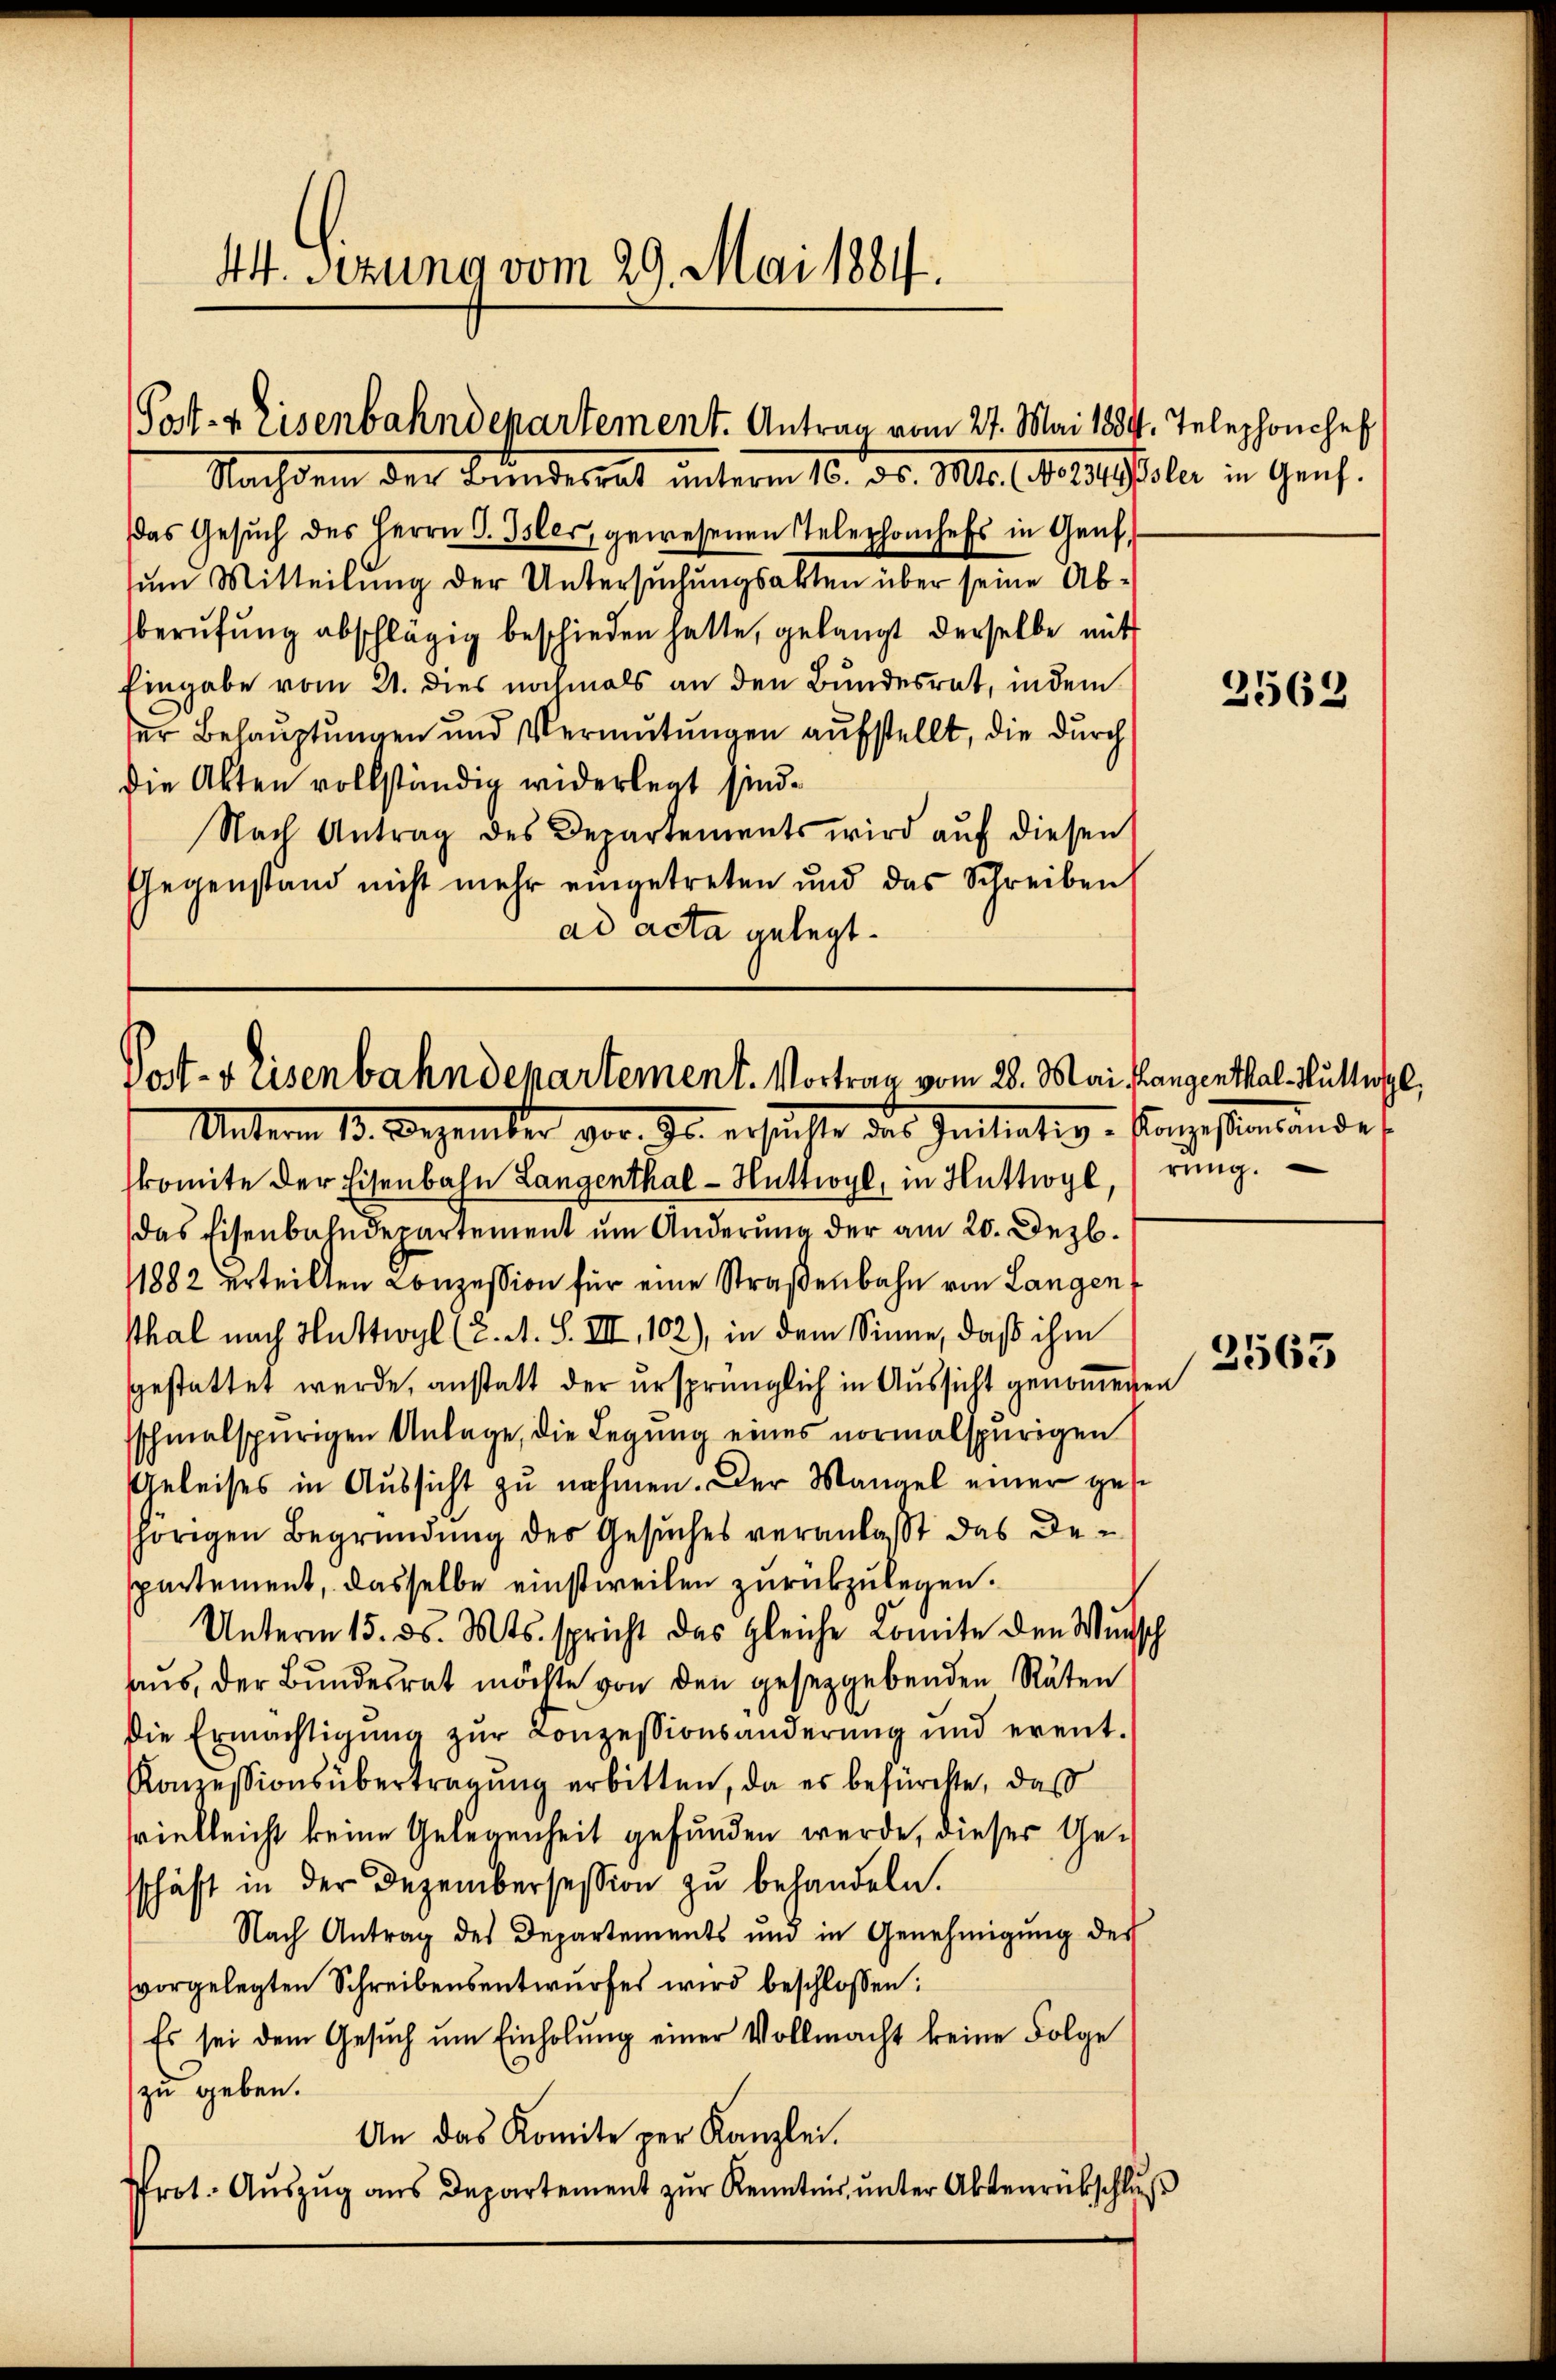
44. Sezung vom 29. Mai 1884.

Post- & Eisenbahndepartement. Antrag vom 27. Mai 1834. Telephonchef
Nachdem der Bundesrat unterm 10. Dr. Mts. stetstole in Genf.

das Gesŭch des Herrn G. Isler, gewesenen Telephonchefs in Genf,
sum Mitteilung der Untersuchungsakten über seine Abberufung abschlägig beschieden hatte, gelangt derselbe mit
Eingabe vom 21. dies nochmals an den Bundesrat, indem
er Behauptungen und Vermutungen aufstellt, die durch
die Akten vollständig widerlegt sind.
Nach Antrag des Departements wird aŭf diesen
Gegenstand nicht mehr eingetreten und das Schreiben
ad acta gelegt.

Post- & Eisenbahndepartement. Vortrag vom 28. Mai Mangenthal Mutterl
Unterm 13. Dezember s. ersuchte des Initiativ- Konzessamandes

komite der Eisenbahn Langenthal - Huttwyl, in Huthy, rŭng.
das Eisenbahndepartement um Anderŭng der am 20. Dezb.
1882 erteilten Conzession für eine Straßenbahn von Langen
tthal nach Huttwyl (2. A. S. VII, 102), in dem Sinne, daß ihm
gestattet werde, anstatt der ursprünglich in Aussicht genommenen
sschmalspurigen Anlage, die Legung eines normalspurigen
Geleises in Aussicht zu nehmen. Der Mangel einer gesshörigen Begründung der Gesuches veranlaßt das Departement, dasselbe einstweilen zurückzulegen.
Unterm 15. ds. Mts. spricht das gleiche Komite den Wunsch
aus, der Bundesrat möchte von den gesetzgebenden Räten
Die Ermächtigŭng zŭr Conzessionsänderŭng und erent-
Konzessionsübertragung erbitten, da es befürchte, daß
vielleicht keine Gelegenheit gefunden werde, dieser Gesschäft in der Dezembersession zu behandeln.
Nach Antrag des Departements und in Genehmigung des
vorgelegten Schreibensentwurfes wird beschlossen:
Es sei dem Gesŭch ŭm Einholŭng einer Vollmacht keine Folge
zu geben.
An das Komite per Kanzlei.
Prot. Aŭszŭg ans Departement zŭr Kenntnis unter Aktenrückschluß

2562

3563